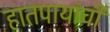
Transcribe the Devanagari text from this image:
हातपायांची